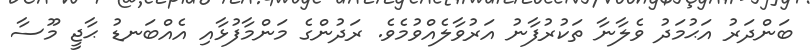
ބަންދަރު އަޙުމަދު ވެލާނާ ތަކުރުފާނު އަރުވާލެއްވުމެވެ. ރަދުންގެ މަންމާފުޅާއި އެއްބަނޑު ޙާޖީ މޫސާ